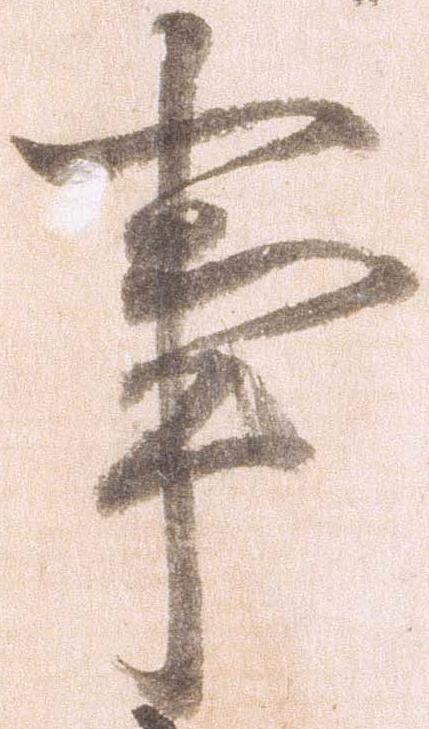
事